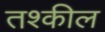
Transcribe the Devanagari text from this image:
तश्कील